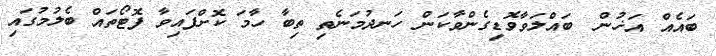
ބައެއް އަޚުން  ބައްލަވާވޮޑިގެންވާކަން ހަނދުމަނެތި ތިބާ ހާމަ ކޮށްފައިވާ ފޮޓޯތައް ބެލުމުގައި